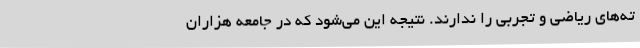
ته‌های ریاضی و تجربی را ندارند. نتیجه این می‌شود که در جامعه هزاران